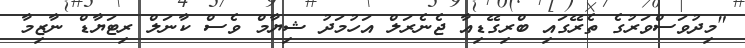
"މިދުވަސްވަރުގެ ތެރޭގައި ބްރިގޭޑިއާ ޖެނެރަލް އަހުމަދު ޝިޔާމް ވެސް ކާނަލް ރިޓަޔާޑް ނާޒިމާ